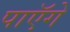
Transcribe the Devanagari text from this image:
पाएॅगे